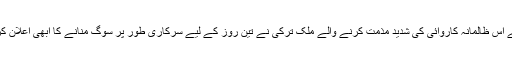
اسرائیل کے اس ظالمانہ کاروائی کی شدید مذمت کرنے والے ملک ترکی نے تین روز کے لیے سرکاری طور پر سوگ منانے کا ابھی اعلان کررکھا ہے۔